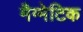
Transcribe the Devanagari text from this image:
मैग्मेटिक